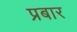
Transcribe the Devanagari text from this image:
प्रबार